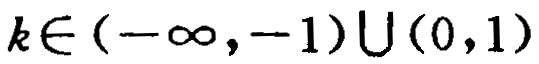
\(k\in (-\infty,-1)\cup(0,1)\)